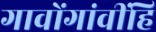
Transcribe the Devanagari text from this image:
गावोंगांवींहि